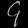
Digit: ၄